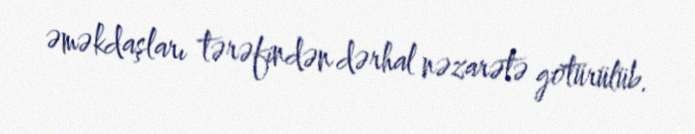
əməkdaşları tərəfindən dərhal nəzarətə götürülüb.